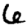
Digit: 6